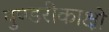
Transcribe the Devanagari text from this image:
पुण्डरीकाक्षो